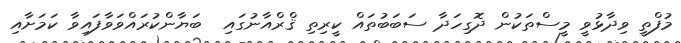
މުފްތީ ވިދާޅުވީ މީސްތަކުން ދޮގިހަދާ ސަބަބުތައް ކީރިތި ޤްރްއާނުގައި  ބަޔާންކުރައްވަވާފައިވާ ކަމަށާއި